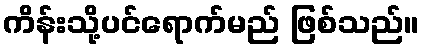
ကိန်းသို့ပင်ရောက်မည် ဖြစ်သည်။